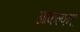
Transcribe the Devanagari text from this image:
आकल्पनों